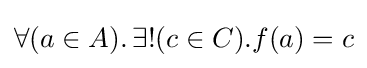
\forall (a\in A).\,\exists !(c\in C).f(a)=c